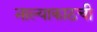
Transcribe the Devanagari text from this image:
नाल्याकाठची